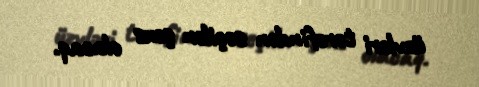
üzvləri tərəfindən seçilən şəxs olacaq.